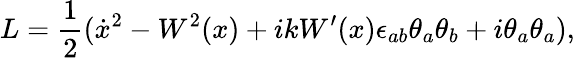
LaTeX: L=\frac{1}{2}(\dot{x}{}^{2}-W^{2}(x)+ikW^{\prime}(x)\epsilon_{ab}\theta_{a}\theta_{b}+i\theta_{a}\theta_{a}),